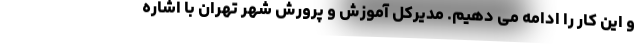
و این کار را ادامه می دهیم. مدیرکل آموزش و پرورش شهر تهران با اشاره